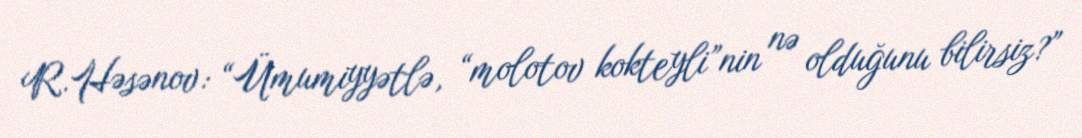
R.Həsənov: “Ümumiyyətlə, “molotov kokteyli”nin nə olduğunu bilirsiz?”